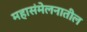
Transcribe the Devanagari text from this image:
महासंमेलनातील